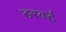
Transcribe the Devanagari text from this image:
डरवर्ड